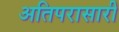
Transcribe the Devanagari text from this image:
अतिपरासारी